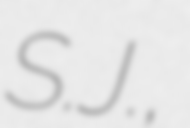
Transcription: S.J.,